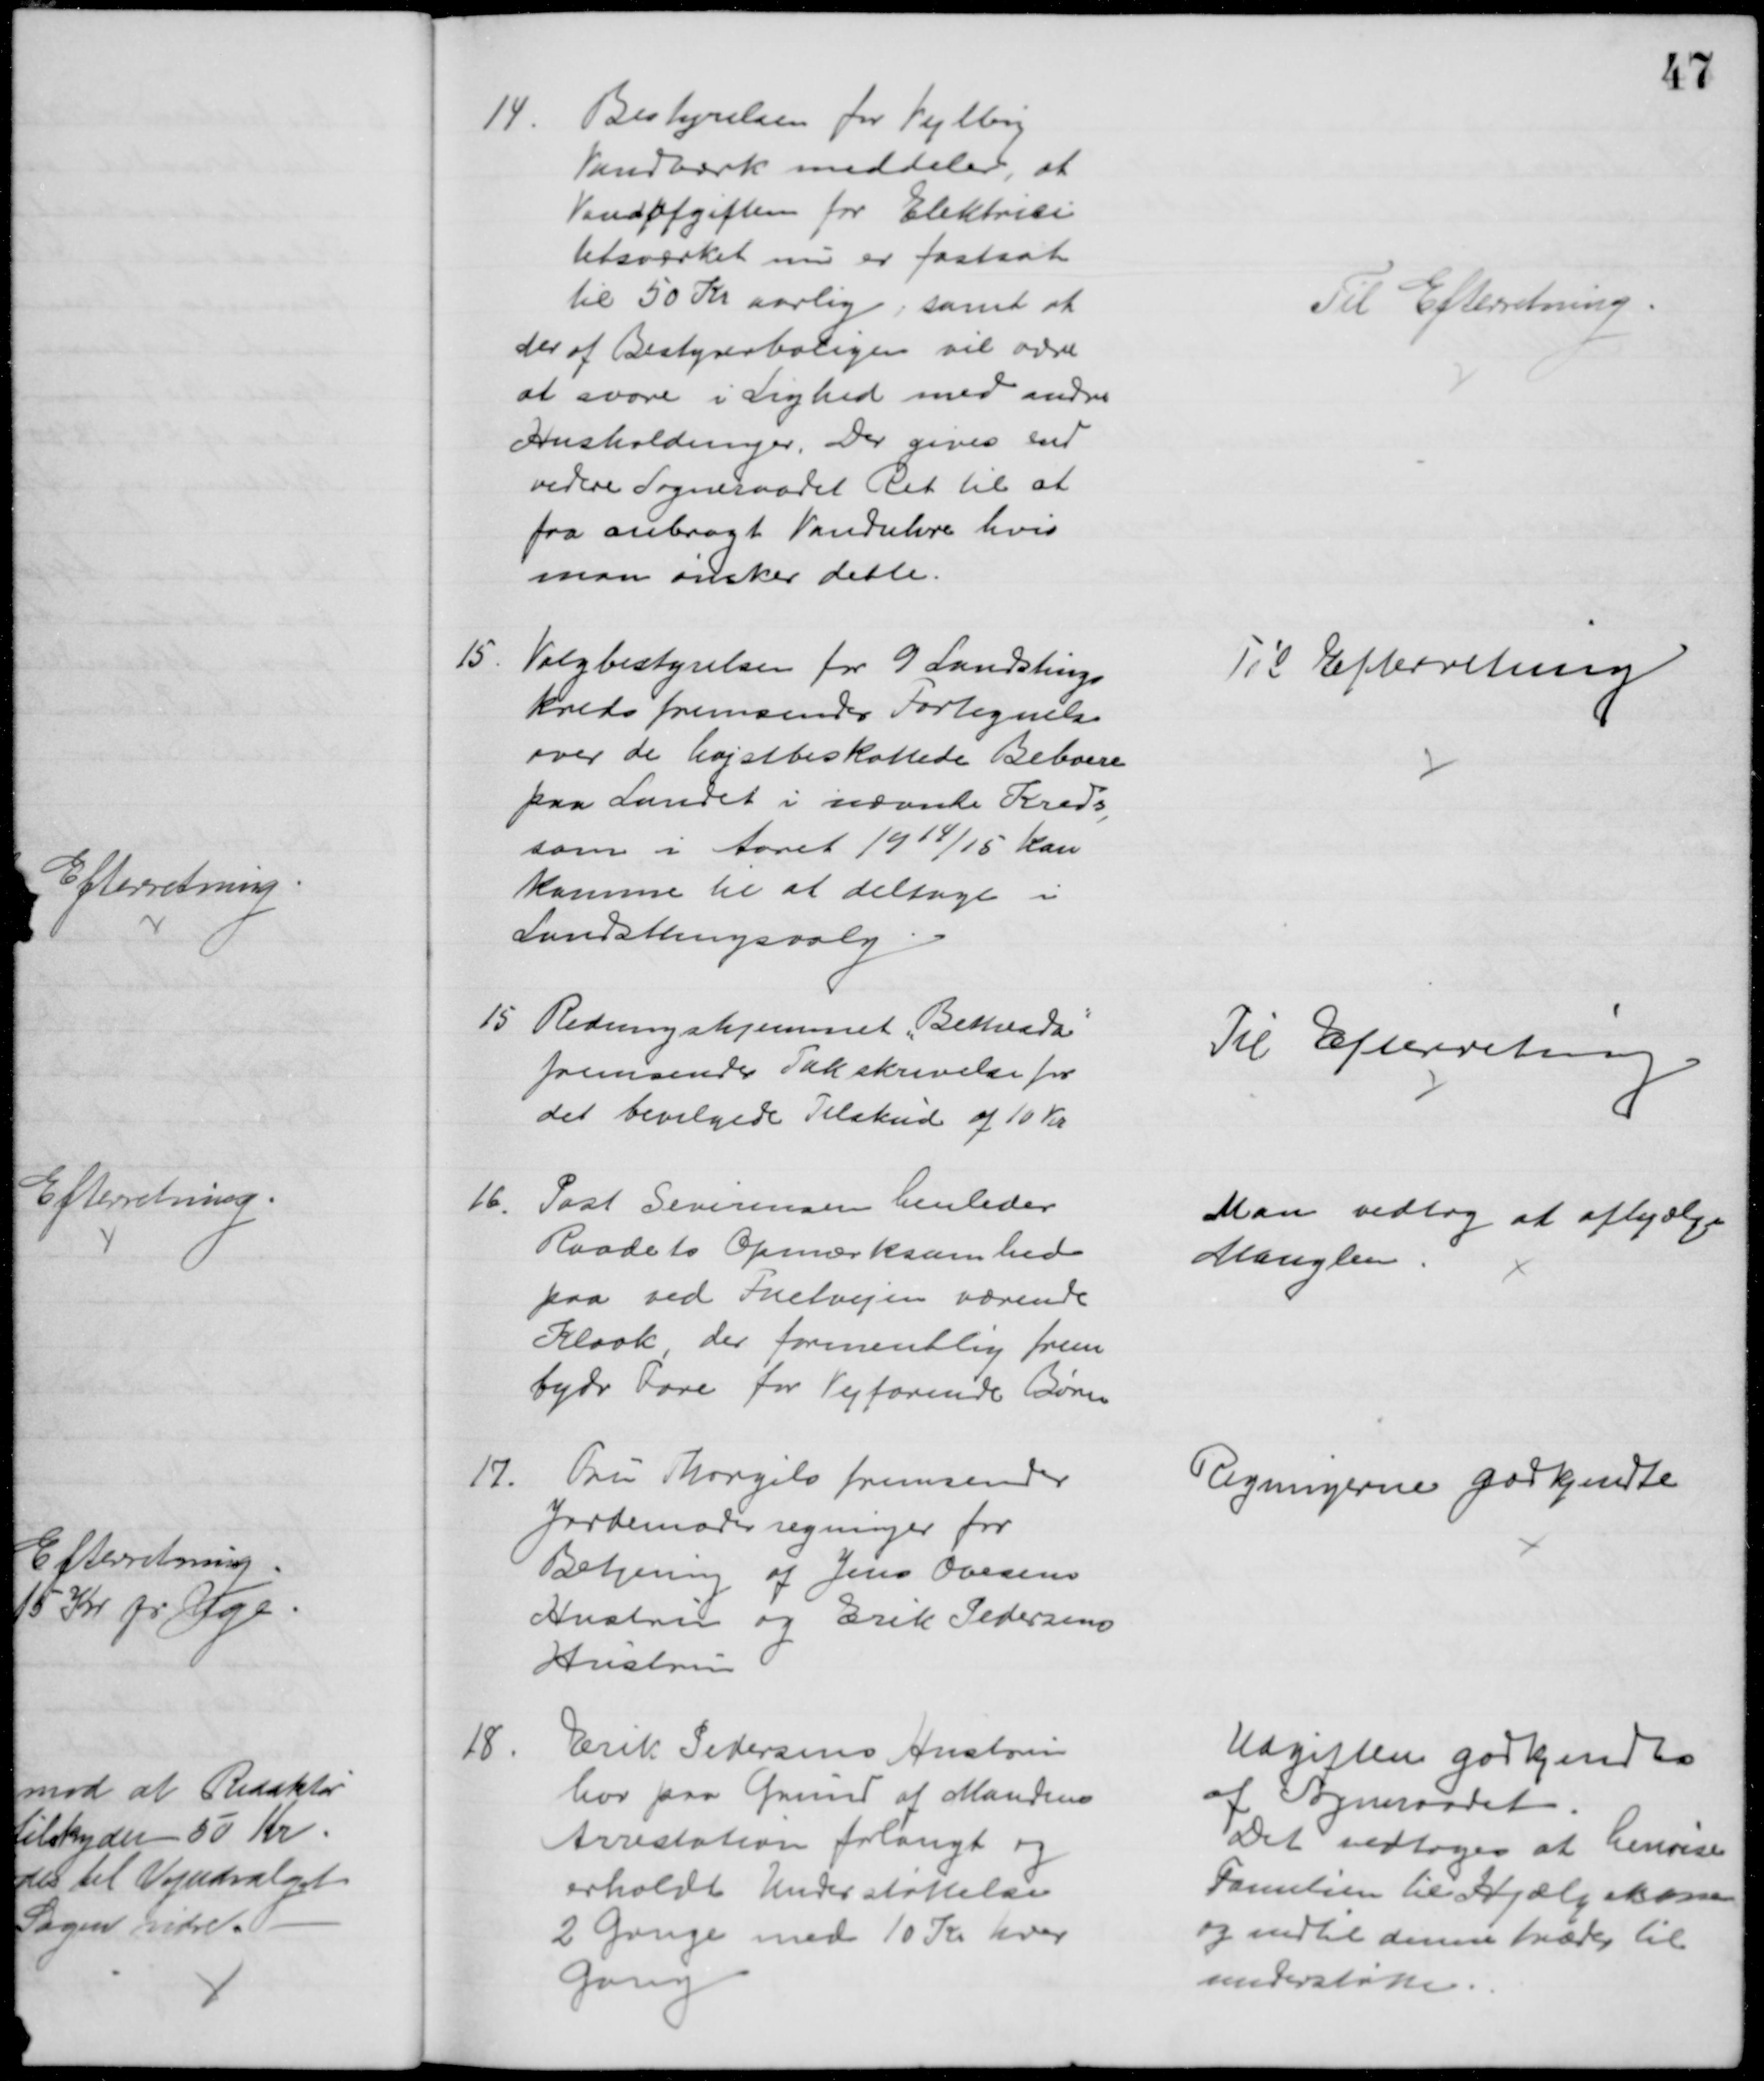
Transskription:
14.
Bestyrelsen for Vejlby
Vandværk meddeler, at
Vandafgiften for Elektrici
tetsværket nu er fastsat
til 50 Kr aarlig, samt at
der af Bestyrerboligen vil være
at svare i Lighed med andre
Husholdninger. Der gives end
videre Sogneraadet Ret til at
faa anbragt Vanduhre hvis
man ønsker dette.
Til Efterretning.
15
Valgbestyrelsen for 9 Landstings
kreds fremsender Fortegnelse
over de højstbeskattede Beboere
paa Landet i nævnte Kreds,
som i Aaret 1914/15 kan
komme til at deltage i
Landstingsvalg
Til Efterretning
15 Redningshjemmet "Bethesda"
fremsender Takskrivelse for
det bevilgede Tilskud af 10 Kr
Til Efterretning
16.
Post Severinsen henleder
Raadets Opmærksomhed
paa ved Fuetvejen værende
Kloak, der formentlig frem
byder Fare for Vejfarende Børn
Man vedtog at afhjælpe
Manglen.
17.
Fru Thorgils fremsender
Jordemoderregninger for
Betjening af Jens Ovesens
Hustru og Erik Pedersens
Hustru
Regningerne godkendte
18.
Erik Pedersens Hustru
har paa Grund af Mandens
Arrestation forlangt og
erholdt Understøttelse
2 Gange med 10 Kr hver
Gang
Udgiften godkendtes
af Sogneraadet
Det vedtoges at henvise
Familien til Hjælpekassen
og indtil denne træder til
understøtte.